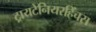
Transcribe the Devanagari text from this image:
ट्रायटेनियरहिंचस